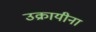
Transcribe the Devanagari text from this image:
उक्रायीना